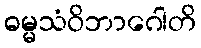
ဓမ္မသံဝိဘာဂေါတိ